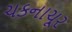
ચકનાચૂર